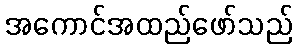
အကောင်အထည်ဖော်သည်